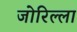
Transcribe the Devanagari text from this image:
जोरिल्ला